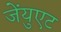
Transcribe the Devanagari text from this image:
जेंयुएट